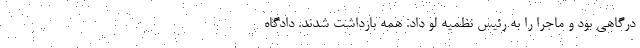
درگاهی بود و ماجرا را به رئیس نظمیه لو داد. همه بازداشت شدند. دادگاه